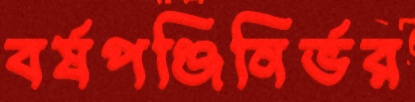
বর্ষপঞ্জিনির্ভর